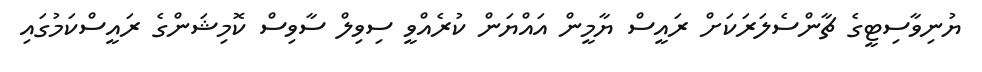
ޔުނިވާސިޓީގެ ޗާންސެލަރަކަށް ރައީސް ޔާމީން އައްޔަން ކުރެއްވީ ސިވިލް ސާވިސް ކޮމިޝަންގެ ރައީސްކަމުގައި